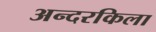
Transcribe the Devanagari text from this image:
अन्दरकिला